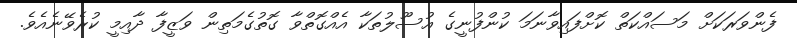
ފެންވަރަކަށް މަސައްކަތް ކޮށްފައިވާނަމަ ކުންފުނީގެ އުސޫލުތަކާ އެއްގޮތްވާ ގޮތުގެމަތިން ވަޒީފާ ދާއިމީ ކުރެވޭނެއެވެ.